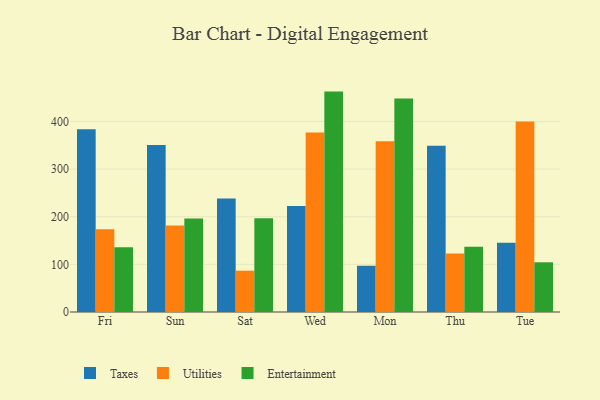
{"axis": {"x": "Day", "y": "Tickets Resolved"}, "legend": ["Entertainment", "Taxes", "Utilities"], "data": [{"x": "Fri", "y": 383.4, "type": "Taxes"}, {"x": "Fri", "y": 173.5, "type": "Utilities"}, {"x": "Fri", "y": 135.8, "type": "Entertainment"}, {"x": "Sun", "y": 350.8, "type": "Taxes"}, {"x": "Sun", "y": 181.4, "type": "Utilities"}, {"x": "Sun", "y": 196.2, "type": "Entertainment"}, {"x": "Sat", "y": 238.5, "type": "Taxes"}, {"x": "Sat", "y": 86.7, "type": "Utilities"}, {"x": "Sat", "y": 196.9, "type": "Entertainment"}, {"x": "Wed", "y": 222.6, "type": "Taxes"}, {"x": "Wed", "y": 376.8, "type": "Utilities"}, {"x": "Wed", "y": 462.7, "type": "Entertainment"}, {"x": "Mon", "y": 97.1, "type": "Taxes"}, {"x": "Mon", "y": 358.6, "type": "Utilities"}, {"x": "Mon", "y": 448.3, "type": "Entertainment"}, {"x": "Thu", "y": 349.2, "type": "Taxes"}, {"x": "Thu", "y": 123.0, "type": "Utilities"}, {"x": "Thu", "y": 137.1, "type": "Entertainment"}, {"x": "Tue", "y": 145.3, "type": "Taxes"}, {"x": "Tue", "y": 399.7, "type": "Utilities"}, {"x": "Tue", "y": 104.4, "type": "Entertainment"}]}